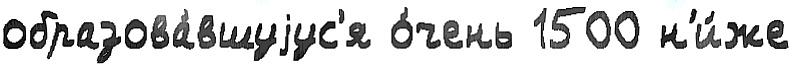
образова́вшуjус'я о́чень 1500 н'и́же